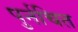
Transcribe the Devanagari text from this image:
पुर्नचित